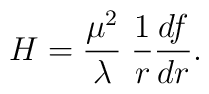
H ={\mu^2\over\lambda}\; {1\over r}{df\over dr} .